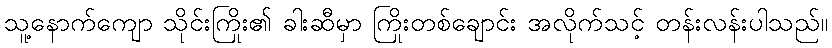
သူ့နောက်ကျော သိုင်းကြိုး၏ ခါးဆီမှာ ကြိုးတစ်ချောင်း အလိုက်သင့် တန်းလန်းပါသည်။